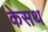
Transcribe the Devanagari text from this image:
केसथ